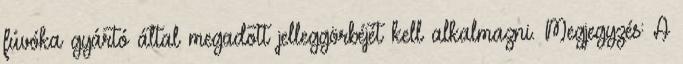
fúvóka gyártó által megadott jelleggörbéjét kell alkalmazni. Megjegyzés: A